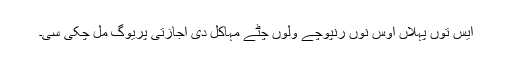
ایس توں پہلاں اوس نوں رنپوچے ولوں چِٹے مہاکل دی اجازتی پریوگ مل چکی سی۔